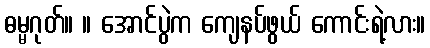
ဓမ္မဂုတ်။ ။ အောင်ပွဲက ကျေနပ်ဖွယ် ကောင်းရဲ့လား။